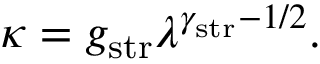
\kappa = g _ { \mathrm { s t r } } \lambda ^ { \gamma _ { \mathrm { s t r } } - 1 / 2 } .